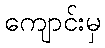
ကျောင်းမှ